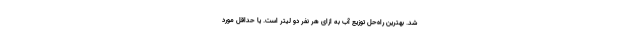
شد. بهترین راه‌حل توزیع آب به ازای هر نفر دو لیتر است. یا حداقلِ مورد